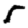
Digit: 5